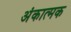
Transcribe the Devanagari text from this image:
अंकात्मक